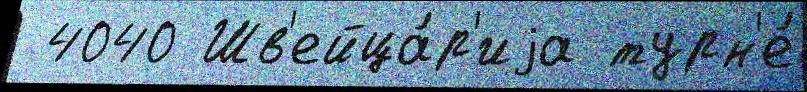
 4040 Шв'ейца́р'иjа турн'е́